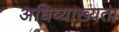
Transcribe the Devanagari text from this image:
अधिव्याख्यता